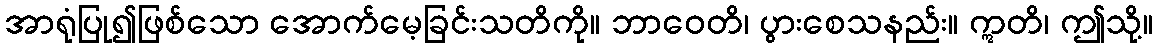
အာရုံပြု၍ဖြစ်သော အောက်မေ့ခြင်းသတိကို။ ဘာဝေတိ၊ ပွားစေသနည်း။ ဣတိ၊ ဤသို့။